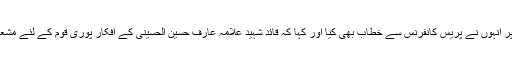
اس موقع پر انہوں نے پریس کانفرنس سے خطاب بھی کیا اور کہا کہ قائد شہید علامہ عارف حسین الحسینی کے افکار پوری قوم کے لئے مشعل راہ ہیں۔